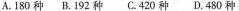
A.180种 B.192种 C.420种 D.480种